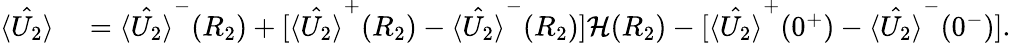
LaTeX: \begin{array}{rl}{\hat{\langle U_{2}\rangle}}&{{}=\hat{\langle U_{2}\rangle}^{-}(R_{2})+[\hat{\langle U_{2}\rangle}^{+}(R_{2})-\hat{\langle U_{2}\rangle}^{-}(R_{2})]\mathcal{H}(R_{2})-[\hat{\langle U_{2}\rangle}^{+}(0^{+})-\hat{\langle U_{2}\rangle}^{-}(0^{-})].}\end{array}